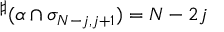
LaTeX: { } ^ { \sharp } ( \alpha \cap \sigma _ { N - j , j + 1 } ) = N - 2 j